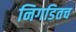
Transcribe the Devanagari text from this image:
निगडितच